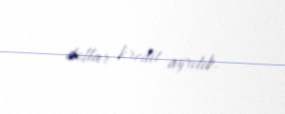
dollar kredit ayrılıb.